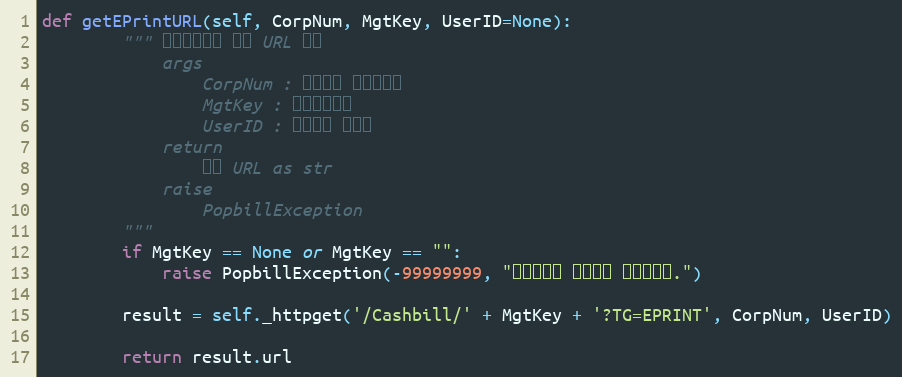
Language: Python
def getEPrintURL(self, CorpNum, MgtKey, UserID=None):
        """ 공급받는자용 인쇄 URL 확인
            args
                CorpNum : 팝빌회원 사업자번호
                MgtKey : 문서관리번호
                UserID : 팝빌회원 아이디
            return
                팝빌 URL as str
            raise
                PopbillException
        """
        if MgtKey == None or MgtKey == "":
            raise PopbillException(-99999999, "관리번호가 입력되지 않았습니다.")

        result = self._httpget('/Cashbill/' + MgtKey + '?TG=EPRINT', CorpNum, UserID)

        return result.url